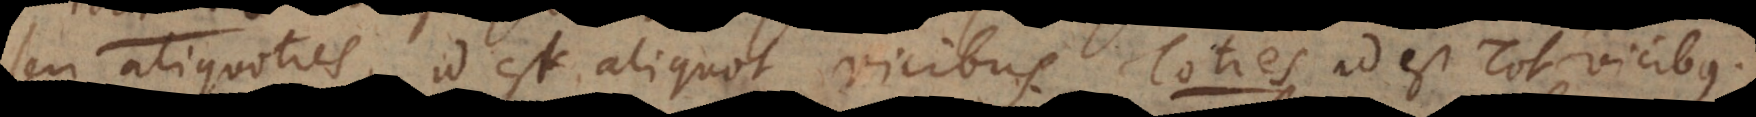
seu aliquoties, id est aliquot vicibus. Toties id est Tot vicibus.